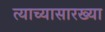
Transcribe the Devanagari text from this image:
त्याच्यासारख्या